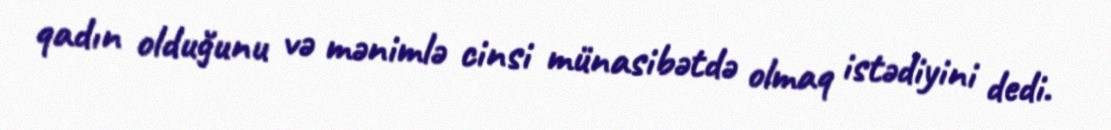
qadın olduğunu və mənimlə cinsi münasibətdə olmaq istədiyini dedi.